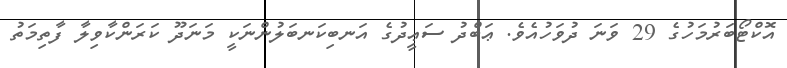
އޮކްޓޯބަރުމަހުގެ 29 ވަނަ ދުވަހުއެވެ. ޢަބްދު ސަޢީދުގެ އަނބިކަނބަލުންނަކީ މަނަދޫ ކަރަންކާވިލާ ފާތިމަތު